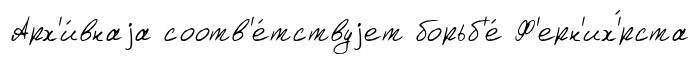
Арх'и́внаjа соотв'е́тствуjет борьб'е́ Ф'ерн'их'́рста